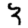
Digit: 3